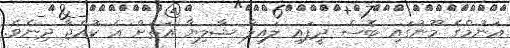
އަނުމްގެ މޫނުގައި ބޮސް ދީފައި ލައިލާ ޝާލިޔާ އަތަށް އެ ކުއްޖާ ދިނެވެ.